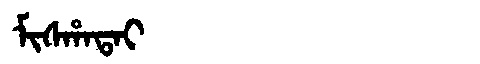
Manchu: ᠮᡳᠰᡥᠠᡨᠠᡳ
Romanization: MISHATAI